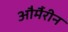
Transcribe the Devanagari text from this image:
और्मैरीन